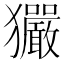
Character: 玁